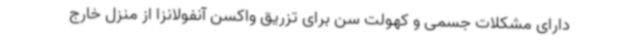
دارای مشکلات جسمی و کهولت سن برای تزریق واکسن آنفولانزا از منزل خارج